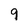
Character: 9